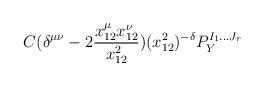
LaTeX: \begin{align*}C (\delta^{\mu\nu}-2\frac{x_{12}^\mu x_{12}^\nu}{x_{12}^2}) (x_{12}^2)^{-\delta} P_Y^{I_1...J_r}\end{align*}